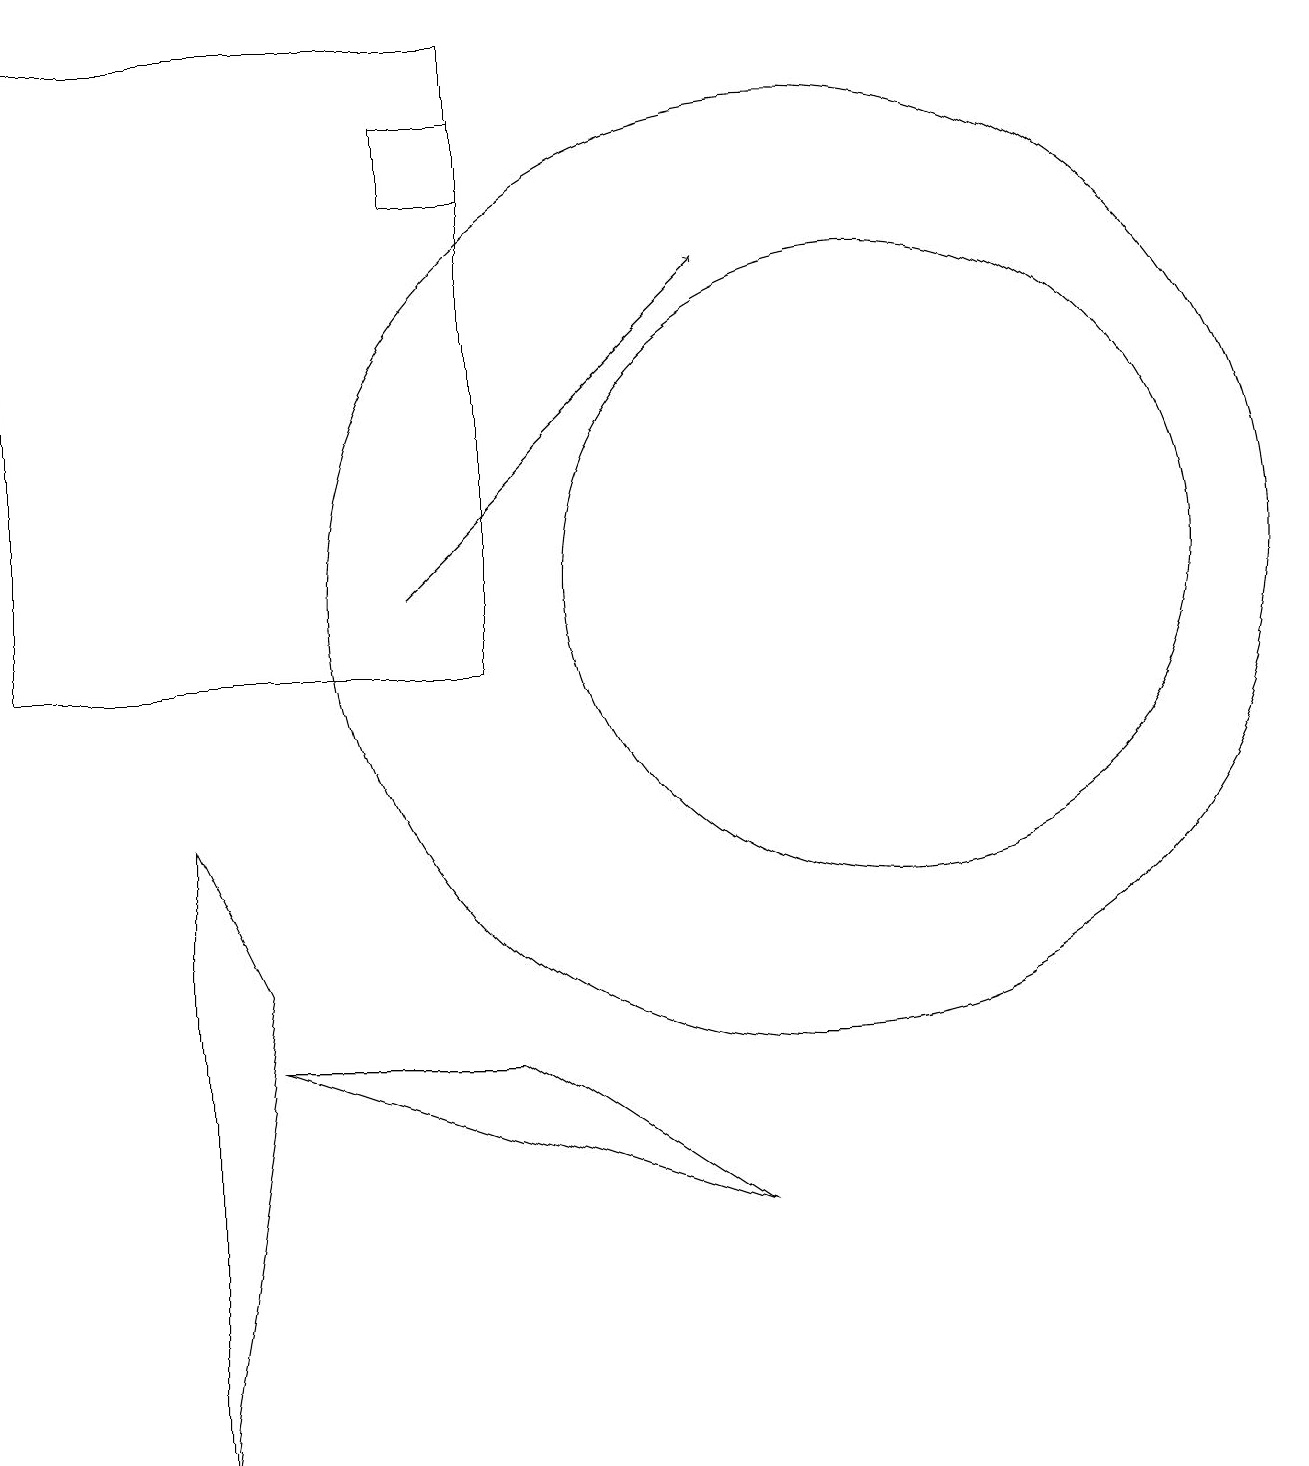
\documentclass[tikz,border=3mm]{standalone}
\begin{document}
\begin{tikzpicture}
\draw (9,3) -- (3,5) -- (6,5) -- cycle;
\draw (11,11) circle (4);
\draw (6,16) rectangle (5,17);
\draw (6,18) rectangle (0,10);
\draw[->] (5,11) -- (9,15);
\draw (10,11) circle (6);
\draw (3,6) -- (2,0) -- (2,8) -- cycle;
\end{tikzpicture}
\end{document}